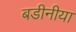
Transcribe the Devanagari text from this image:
बडीनीया